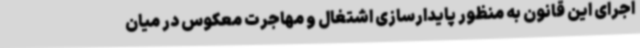
اجرای این قانون به منظور پایدارسازی اشتغال و مهاجرت معکوس در میان